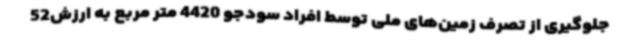
جلوگیری از تصرف زمین‌های ملی توسط افراد سودجو 4420 متر مربع به ارزش52